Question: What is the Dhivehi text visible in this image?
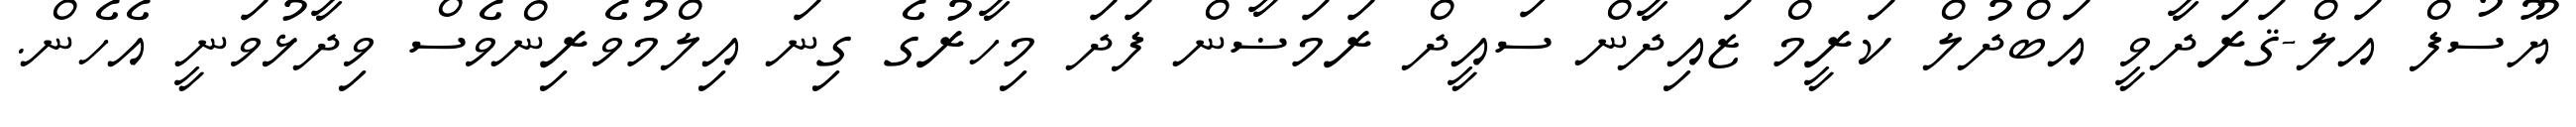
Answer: ޔޫސުފް އަލް-ޤަރަދާވީ އަބްދުލް ކަރީމް ޒައިދާން ސައީދް ރަމަޟާން ފަދަ މިހާރުގެ ގިނަ އިލްމުވެރިންވެސް ވިދާޅުވަނީ އެހެން.